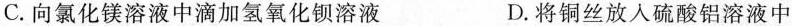
C. 向氯化镁溶液中滴加氢氧化钡溶液 D. 将铜丝放入硫酸铝溶液中